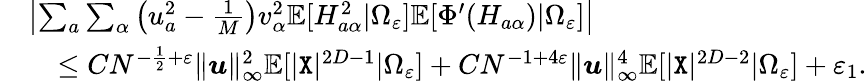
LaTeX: \begin{array}{rl}&{\left|\sum_{a}\sum_{\alpha}\left(u_{a}^{2}-\frac 1{M}\right)v_{\alpha}^{2}\mathbb{E}[H_{a\alpha}^{2}|\Omega_{\varepsilon}]\mathbb{E}[\Phi^{\prime}(H_{a\alpha})|\Omega_{\varepsilon}]\right|}\\ &{~~~\leq CN^{-\frac{1}{2}+\varepsilon}\| {\boldsymbol u}\| _{\infty}^{2}\mathbb{E}[|{\texttt X}|^{2D-1}|\Omega_{\varepsilon}]+CN^{-1+4\varepsilon}\| {\boldsymbol u}\| _{\infty}^{4}\mathbb{E}[|{\texttt X}|^{2D-2}|\Omega_{\varepsilon}]+\varepsilon_{1}.}\end{array}